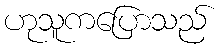
ဟုသူကပြောသည်